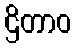
ဌိတာဝ